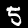
Digit: 5